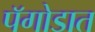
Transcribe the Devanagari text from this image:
पॅगोडात